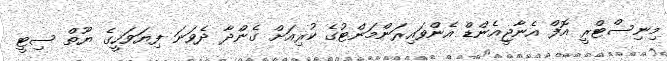
މިނިސްޓްރީ އޮފް އެނާޖީއެންޑް އެންވައިރަންމަންޓުގެ ކުރިއަށް ގެންދާ ދެވަނަ ފިޔަވަހީގެ ޔޫތް ސިޓީ